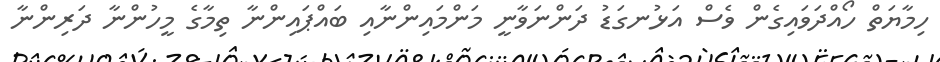
ހިމާޔަތް ހޯއްދަވައިގެން ވެސް އަޅުނގަޑު ދަންނަވާނީ މަންމައިންނާއި ބައްޕައިންނާ ތިމާގެ މީހުންނާ ދަރިންނާ